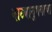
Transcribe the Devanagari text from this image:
नाट्यानुभवाचा